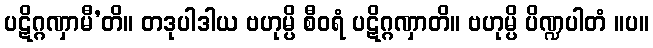
ပဋိဂ္ဂဏှာမီ’တိ။ တဒုပါဒါယ ဗဟုမ္ပိ စီဝရံ ပဋိဂ္ဂဏှာတိ။ ဗဟုမ္ပိ ပိဏ္ဍပါတံ ။ပ။